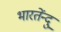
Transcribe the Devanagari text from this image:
भारतेंन्दु